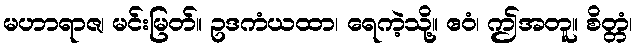
မဟာရာဇ၊ မင်းမြတ်။ ဥဒကံယထာ၊ ရေကဲ့သို့။ ဧဝံ၊ ဤအတူ။ စိတ္တံ၊